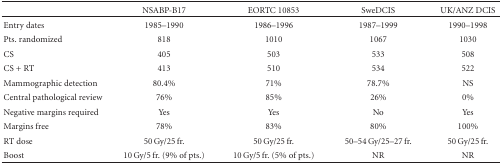
<table><thead><tr><td></td><td><b>NSABP-B17</b></td><td><b>EORTC 10853</b></td><td><b>SweDCIS</b></td><td><b>UK/ANZ DCIS</b></td></tr></thead><tbody><tr><td>Entry dates</td><td>1985–1990</td><td> 1986–1996</td><td> 1987–1999</td><td>1990–1998</td></tr><tr><td>Pts. randomized</td><td>818</td><td>1010</td><td>1067</td><td>1030</td></tr><tr><td>CS</td><td>405</td><td>503</td><td> 533</td><td>508</td></tr><tr><td>CS + RT</td><td>413</td><td>510</td><td>534</td><td>522</td></tr><tr><td>Mammographic detection</td><td>80.4%</td><td>71%</td><td> 78.7%</td><td> NS</td></tr><tr><td>Central pathological review</td><td>76%</td><td>85%</td><td>26%</td><td>0%</td></tr><tr><td>Negative margins required</td><td>Yes</td><td>Yes</td><td>No</td><td>Yes</td></tr><tr><td>Margins free</td><td>78%</td><td>83%</td><td>80%</td><td>100%</td></tr><tr><td>RT dose</td><td>50 Gy/25 fr.</td><td>50 Gy/25 fr.</td><td>50–54 Gy/25–27 fr.</td><td>50 Gy/25 fr.</td></tr><tr><td>Boost</td><td>10 Gy/5 fr. (9% of pts.)</td><td>10 Gy/5 fr. (5% of pts.)</td><td>NR</td><td>NR</td></tr></tbody></table>